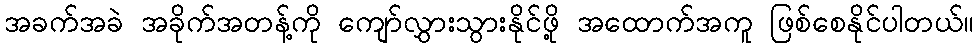
အခက်အခဲ အခိုက်အတန့်ကို ကျော်လွှားသွားနိုင်ဖို့ အထောက်အကူ ဖြစ်စေနိုင်ပါတယ်။